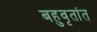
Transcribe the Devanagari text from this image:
बहुवृतांत